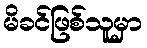
မိခင်ဖြစ်သူမှာ